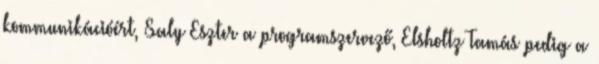
kommunikációért, Saly Eszter a programszervező, Elsholtz Tamás pedig a